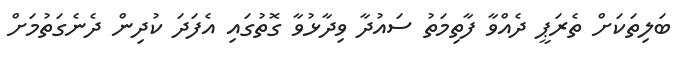
ބަލިތަކަށް ތެރަޕީ ދެއްވާ ފާތިމަތު ސައުދާ ވިދާޅުވާ ގޮތުގައި އެފަދަ ކުދިން ދެނެގަތުމަށް